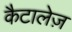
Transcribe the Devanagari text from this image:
कैटालेज़